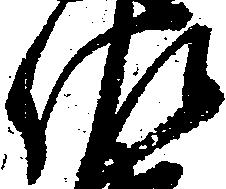
佐